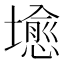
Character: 𪤣